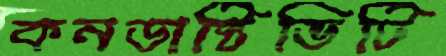
কনডাক্টিভিটি